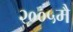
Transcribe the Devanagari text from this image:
२००५मै